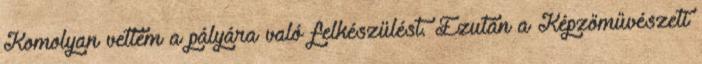
Komolyan vettem a pályára való felkészülést. Ezután a Képzőművészeti